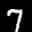
Digit: 7